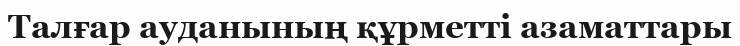
Талғар ауданының құрметті азаматтары